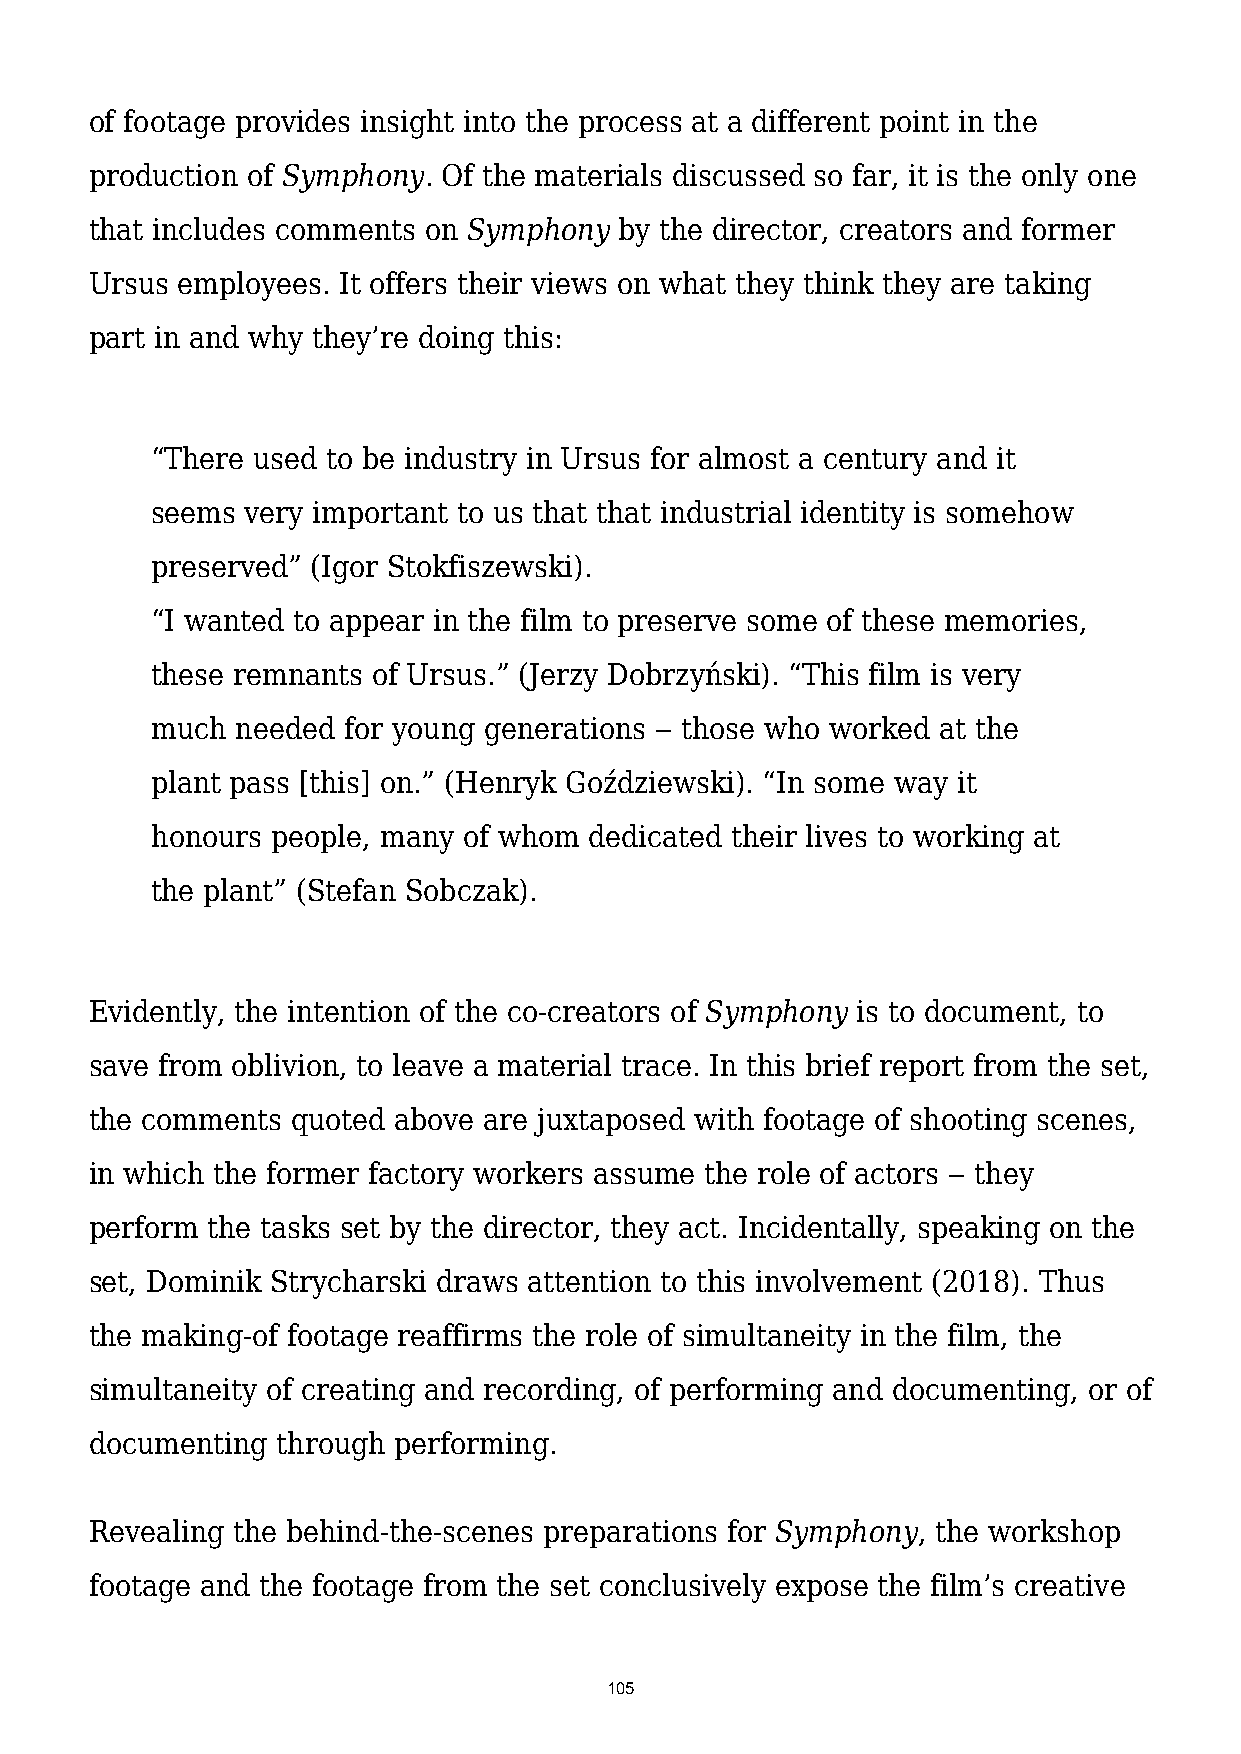
of footage provides insight into the process at a different point in the
 production of Symphony. Of the materials discussed so far, it is the only one
 that includes comments on Symphony by the director, creators and former
 Ursus employees. It offers their views on what they think they are taking
 part in and why they’re doing this:
 “There used to be industry in Ursus for almost a century and it
 seems very important to us that that industrial identity is somehow
 preserved” (Igor Stokfiszewski).
 “I wanted to appear in the film to preserve some of these memories,
 these remnants of Ursus.” (Jerzy Dobrzyński). “This film is very
 much  needed for young generations ‒ those who worked at the
 plant pass [this] on.” (Henryk Goździewski). “In some way it
 honours people, many of whom dedicated their lives to working at
 the plant” (Stefan Sobczak).
 Evidently, the intention of the co-creators of Symphony is to document, to
 save from oblivion, to leave a material trace. In this brief report from the set,
 the comments quoted above are juxtaposed with footage of shooting scenes,
 in which the former factory workers assume the role of actors ‒ they
 perform the tasks set by the director, they act. Incidentally, speaking on the
 set, Dominik Strycharski draws attention to this involvement (2018). Thus
 the making-of footage reaffirms the role of simultaneity in the film, the
 simultaneity of creating and recording, of performing and documenting, or of
 documenting through performing.
 Revealing the behind-the-scenes preparations for Symphony, the workshop
 footage and the footage from the set conclusively expose the film’s creative
 105